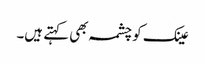
عینک کو چشمہ بھی کہتے ہیں۔